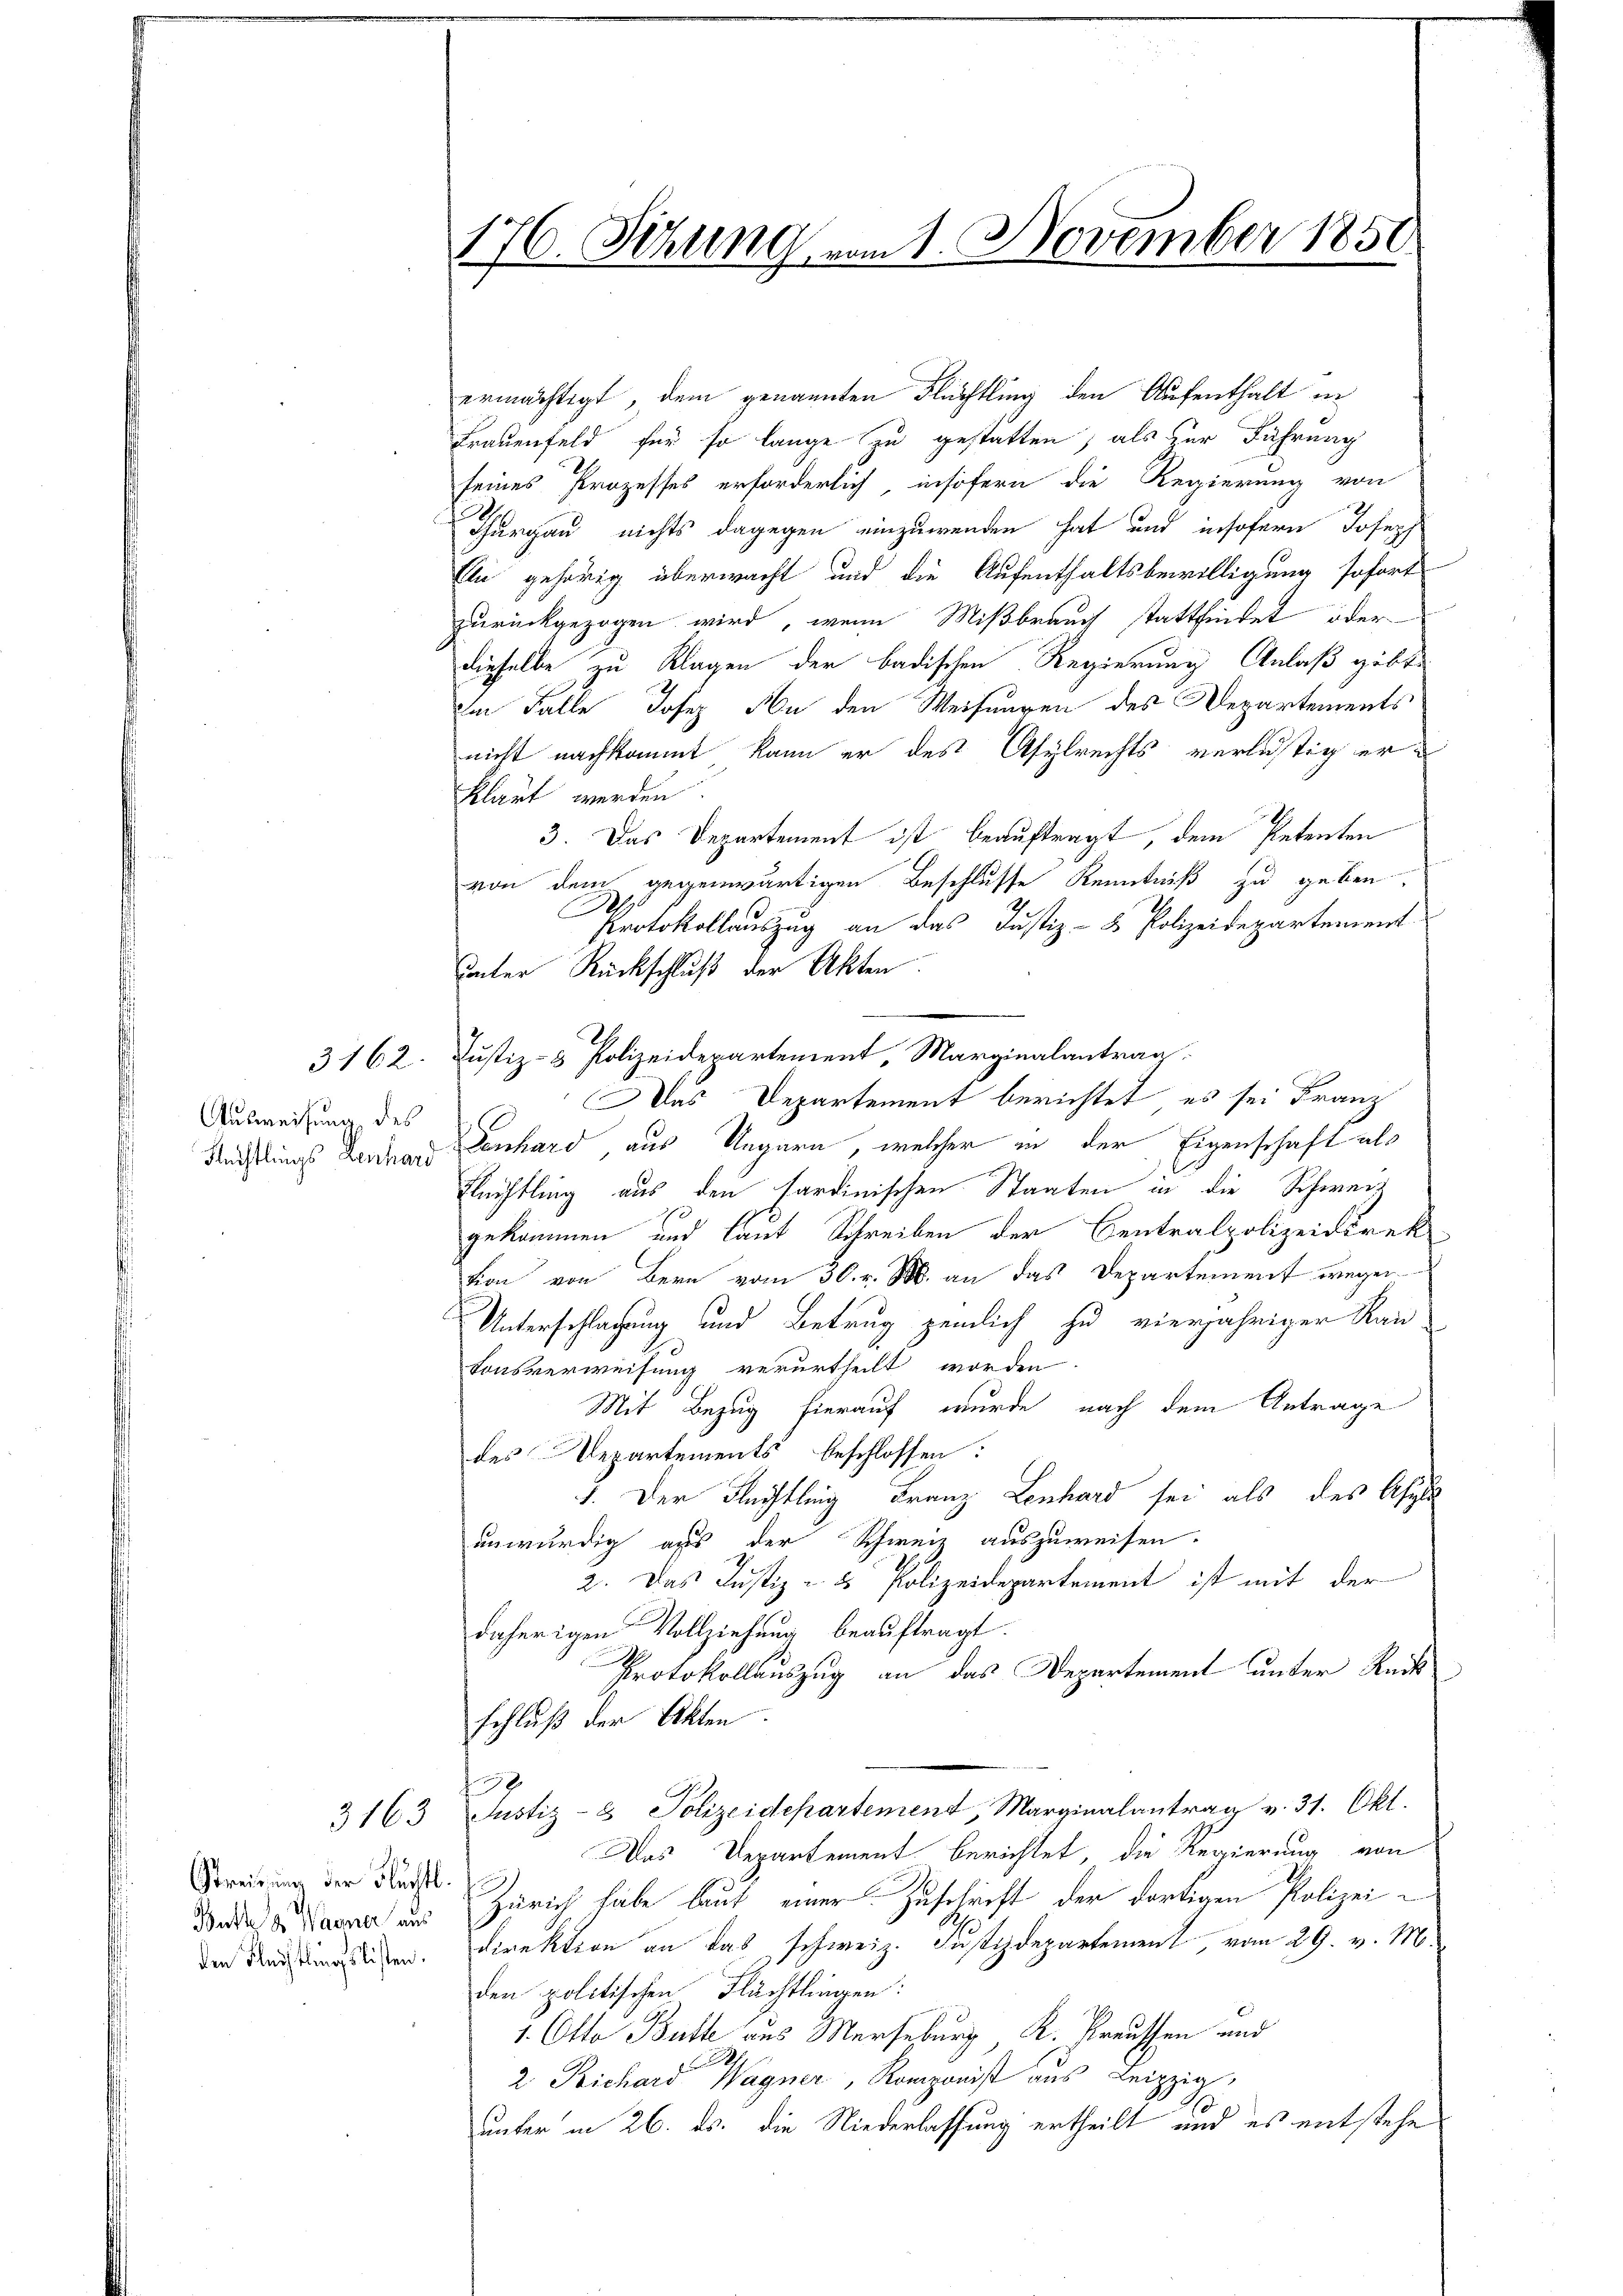
Ausweisung des

Streitung der Flüchtl.

176. Sitzung vom 1. November 1850

ermächtigt, dem genannten Flüchtling den Aufenthalt in
Frauenfeld für so lange zu gestatten, als zur Führung
seines Prozesses erforderlich insofern die Regierung von
Thurgau nichts dagegen einzuwenden hat und insofern Joseph
Eli gehörig überwacht und die Aufenthaltsbewilligung sofort
zurückgezogen wird, wenn Mißbrauch stattfindet oder
dieselbe zu Klagen der badischen Regierung Anlaß gebte
im Falle Josep An den Weisungen des Departements
nicht nachkommt kann er des Asylrechts verlustig erklärt werden
3. Das Departement ist beauftragt, dem Petenten
von dem gegenwärtigen Beschlusse Kenntniß zu geben.
C
Protokollauszug an das Justiz- & Polizeidepartement
unter Rückschluß der Akten.
e
3162. Justiz- & Polizeidepartement, Marginalantrag
Das Departement berichtet, es sei Franz
Rechtlings Landen Denhard aus Ungarn, welcher in der Eigenschaft als
Flüchtling aus den Sardinischen Staaten in die Schweiz
gekommen und laut Schreiben der Centralpolizeidirektion von Bern vom 30. v. M. an das Departement wegen
Unterschlagung und Betrug zemlich zu vierjähriger Kan
tonsverweisung verurtheilt worden.
Mit Bezug hierauf wurde nach dem Antrage
des Departements beschlossen:
9. Der Flechtling Franz Lenhard sei als des Asse
unwürdig aus der Schweiz auszuweisen.
2. Das Justiz u. es Polizeidepartement ist mit der
daherigen Vollziehung beauftragt.
Protokollauszug an das Departement unter Reit
schluß der Akten.
18
3163 Justiz- & Polizeidepartement, Marginalantrag v. 31. Okt.
Das Departement berichtet, die Regierung von
Bude der Manne und Zürich habe laut einer Zuschrift der dortigen Polizei
den und anden. Direktion an das schweiz. Justizdepartement, vom 29. v. M.
den politischen Flächtlingen:
1. Otto Butte aus Merseburg K. Kreussen und
2 Richard Wagner Lei
unter in 26. ds. die Niederlassung ertheilt und es entstehe